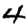
Digit: 4